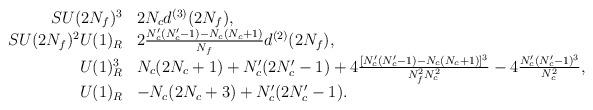
LaTeX: \begin{align*}\begin{array}{rl}SU(2N_{f})^3 & 2N_c d^{(3)}(2N_f), \\SU(2N_{f})^2 U(1)_R & 2\frac{N_c'(N_c'-1)-N_c(N_c+1)}{N_f}d^{(2)}(2N_f), \\U(1)_R^3 & N_c(2N_c+1)+N_c'(2N_c'-1) +4\frac{[N_c'(N_c'-1)-N_c(N_c+1)]^3}{N_f^2N_c^2} -4\frac{N_c'(N_c'-1)^3}{N_c^2}, \\U(1)_R & -N_c(2N_c+3)+N_c'(2N_c'-1).\end{array}\end{align*}